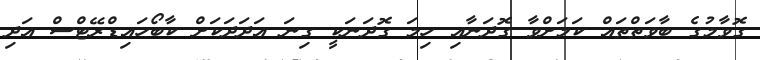
ގޮވާމުގެ ބާވަތްތައް ކަމަށްވާ ގޮދަނާއި ހިމަ ގޮދަނަކީ ގިނަ އަދަދަކަށް ކާބޯހައިޑްރޭޓްސް އަދި